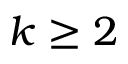
k \geq 2